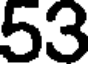
53